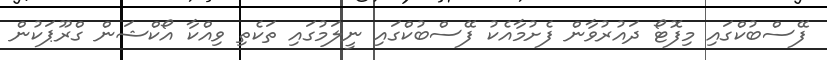
ފޭސްބުކްގައި މިފޮޓޯ ދައުރުވާން ފެށުމާއެކު ފޭސްބުކްގައި ނީލަމުގައި ތަކެތި ވިއްކާ އޯކްޝަން ގްރޫޕަކުން